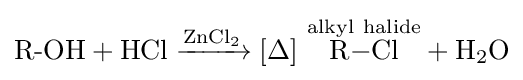
{{\text{R-OH}}{}+{}\mathrm {HCl} {}\mathrel {\xrightarrow {\mathrm {ZnCl} {\vphantom {A}}_{\smash[{t}]{2}}} } {}[\mathrm {\Delta } ]~{\overset {\mathrm {alkyl} \ \mathrm {halide} }{\mathrm {R} {-}\mathrm {Cl} }}{}+{}\mathrm {H} {\vphantom {A}}_{\smash[{t}]{2}}\mathrm {O} }